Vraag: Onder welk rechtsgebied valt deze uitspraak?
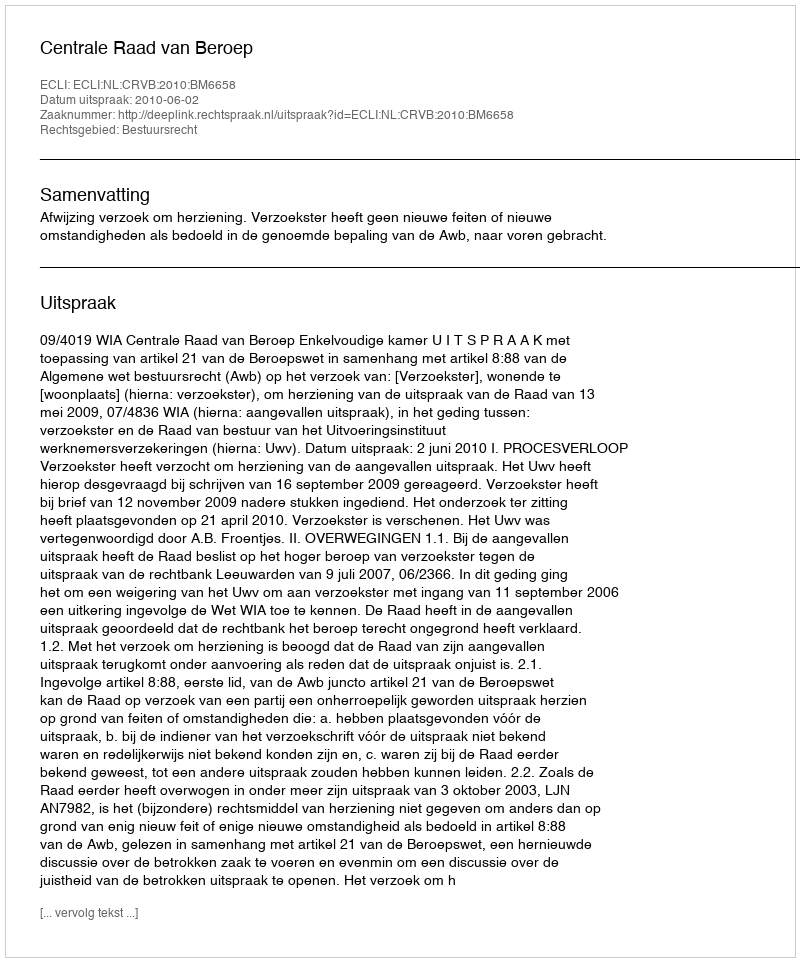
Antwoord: Bestuursrecht